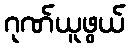
ဂုဏ်ယူဖွယ်